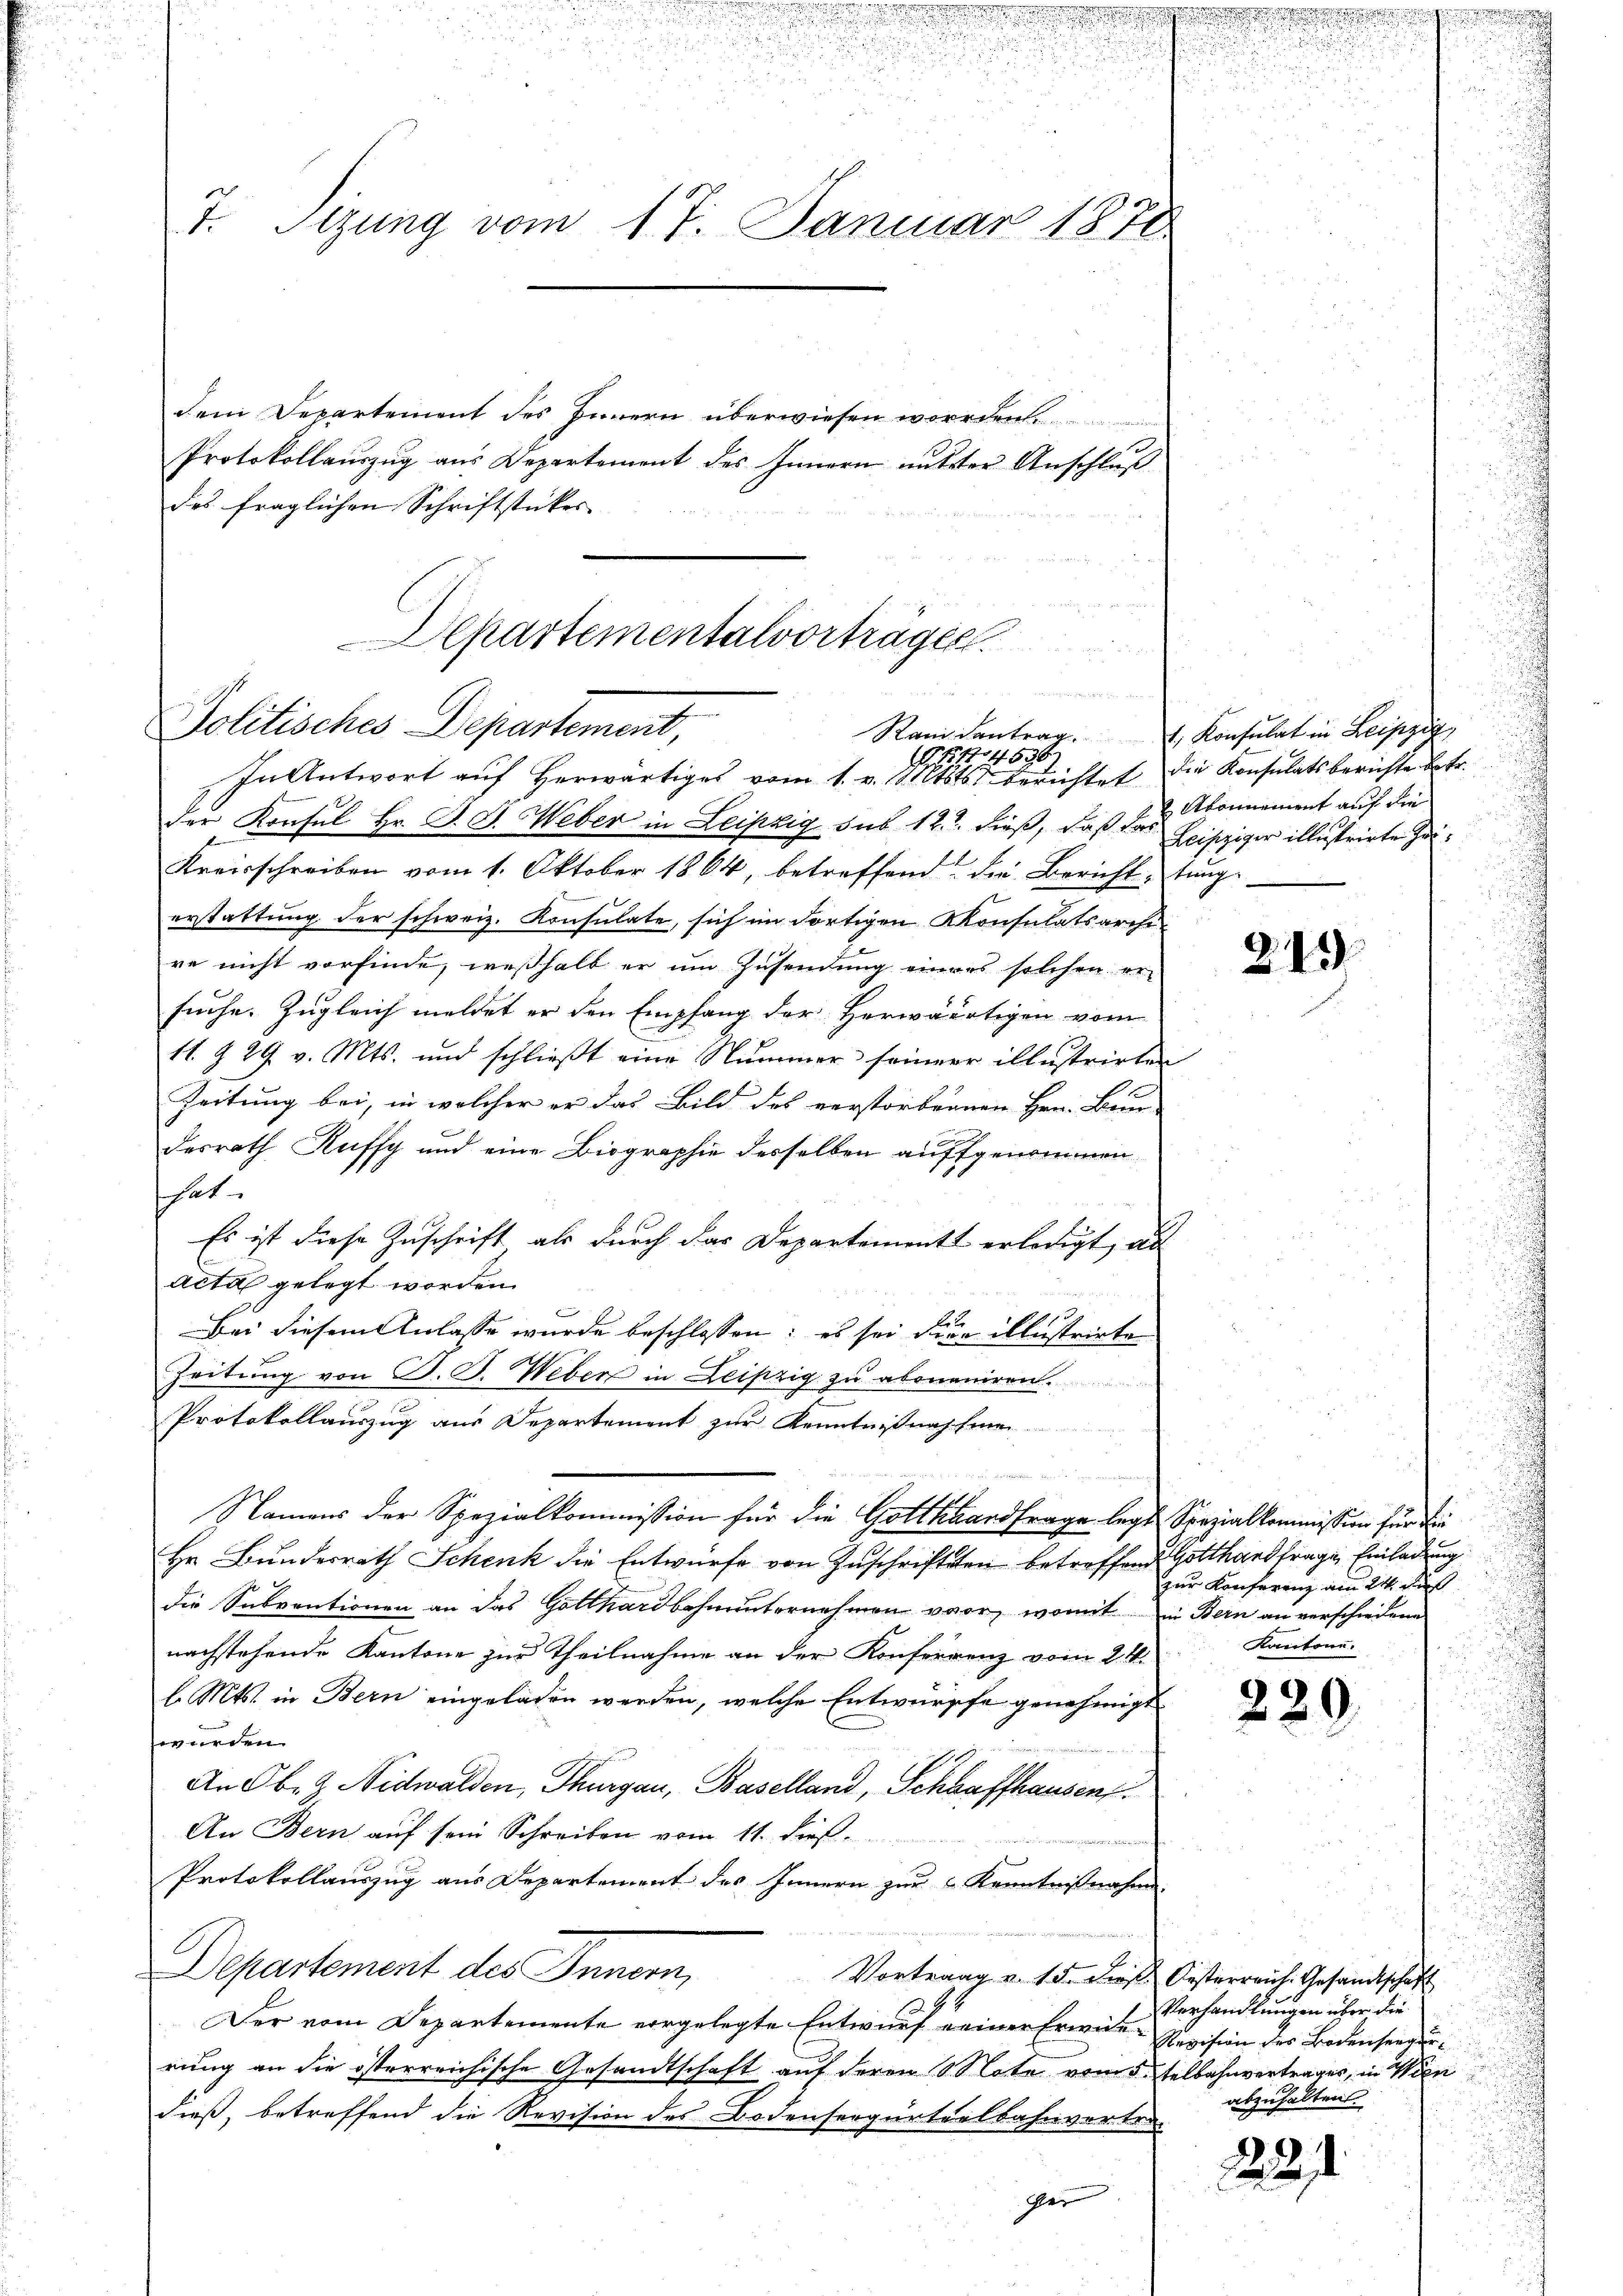
u

T. Sizung vom 17. Januar 1870

dem Departement des Innern überwiesen worden.
Protokollaŭszŭg aŭs Departement des Innern nutzter Anschlŭβ
des fraglichen Schriftstückes

.
u
Politisches Departement,
15774536
In Antwort aŭf herwärtiges vom 1. v. Mtsts. berichtet die Konsulatsberichte betr.

Departementalvorträgen

der Konsul Hr. J. J. Weber in Leipzig, sub 12 dieß, daß das Abonnement auf die
Kreisschreiben vom 1. Oktober 1864, betreffend die Bericht, tŭng
erstattung der schweiz. Konsulate, sich im dortigen Konsulatsarchire nicht vorfinde, weßhalb er um Zusendung eines solchen er-
suche. Zugleich meldet er den Empfang der Herwärtigen vom
11 § 29 v. Mts. und schließt eine Nummer seiner illustrirten
Zeitung bei, in welcher er das Bild des verstorbenen Hrn. Baue
1 x
desrath Auffy und eine Biographie desselben auffgenommen
hat
Es ist diese Zuschrift als durch das Departement erledigt, als
acta gelegt worden.
1
l
Bei diesem Anlasse wurde beschlossen: es sei dien illustrirte
Zeitung von P. G. Weber in Leipzig zu abonniren.
Protokollauszug aus Departement zur Kenntnißnah hinei
.
Namens der Spezialkommission für die Gotthardfrage legt Spezialkommission für die
Hr. Bundesrath Schenk die Entwürfe von Zuschriften betreffend Gotthardfragen Einladung
die Subventionen an das Gotthardbahnunternehmen vor, womit in Bern an verschiedene
nachstehende Kantone zur Theilnahme an der Konferrenz vom 24.
l. Mts. in Bern eingelasen werden, welche Entwürffe genehmigt.
wurden.
An Oben Nidwalden, Thurgau, Baselland, Schlaffhausen.
An Bern auf sein Schreiben vom 11. dieß
Protokollauszug aus Departement des Innern zur Kenntnißnahme.
Departement des Innern,
Vortrag v. 15. Fuß Oesterreich. Gesandtschaft
Der vom Departemente vorgelegte Entwurf einer Erwies-Revision des Bodenseegerrung an die österreichische Gesandtschaft auf deren Note vom 5. telbahnvertrages, in Wien
dieß, betreffend die Revision des Bodenseegurteilbahnvertrager

Randantrag Konsulat in Leipzig
u
Leipziger illustrirte Ja

243.

zur Konferenz am 24. Aus
Kantone.

220

Verhandlungen über die
abzuhalten

221